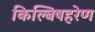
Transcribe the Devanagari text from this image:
किल्बिषहरेण